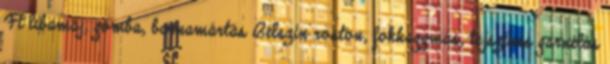
Ft libamáj, gomba, barnamártás Bélszín roston, fokhagymás, tejszínes garnélás